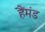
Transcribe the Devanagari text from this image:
हैंमंड